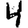
Digit: 4